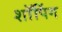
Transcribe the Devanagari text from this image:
शाॅपिंग